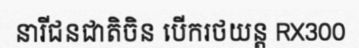
នារីជនជាតិចិន បើករថយន្ត RX300